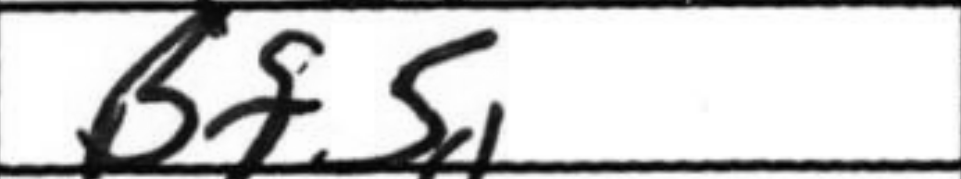
Transcription: Bf5